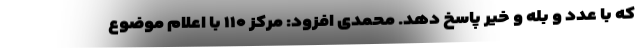
که با عدد و بله و خیر پاسخ دهد. محمدی افزود: مرکز ۱۱۰ با اعلام موضوع